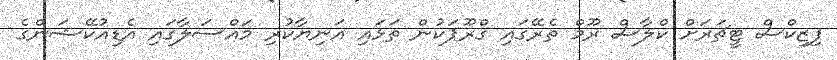
ފިޒިކްސް ޓީޗަރަށް ކްލާސް ރޫމް ތެރޭގައި ގްރޫޕަކުން ތަޅައި އަނިޔާކުރި މައްސަލާގައި އެޑިއުކޭޝަންގެ